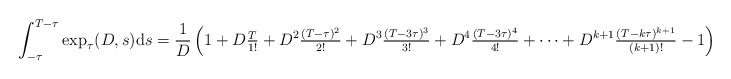
\begin{align*} \int_{-\tau}^{T - \tau} \exp_{\tau}(D, s) \mathrm{d}s = \frac{1}{D} \left(1 + D \tfrac{T}{1!} + D^{2} \tfrac{(T - \tau)^{2}}{2!} + D^{3} \tfrac{(T - 3\tau)^{3}}{3!} + D^{4} \tfrac{(T - 3\tau)^{4}}{4!} + \dots + D^{k+1} \tfrac{(T - k\tau)^{k+1}}{(k + 1)!} - 1\right). \end{align*}